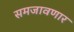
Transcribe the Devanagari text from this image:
समजावणार